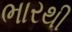
ભારથી